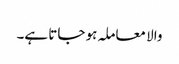
والا معاملہ ہو جاتا ہے۔